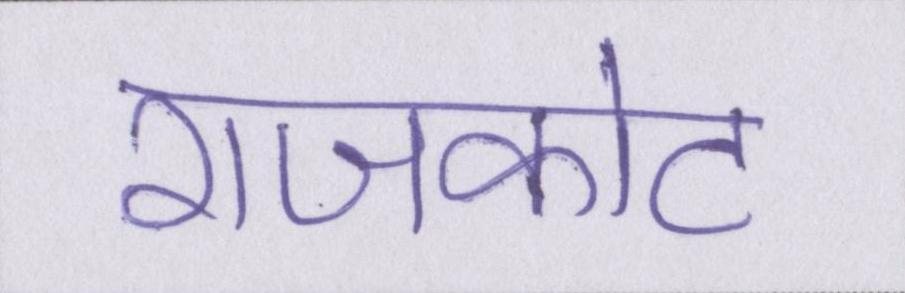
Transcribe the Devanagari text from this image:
राजकोट